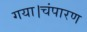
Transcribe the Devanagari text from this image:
गया।चंपारण